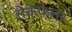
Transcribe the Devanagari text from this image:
रोकेफेलर